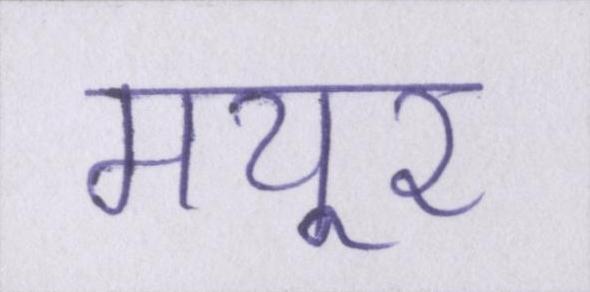
मयूर